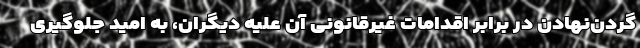
گردن‌نهادن در برابر اقدامات غیرقانونی آن علیه دیگران، به امید جلوگیری